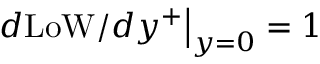
\left. d \mathrm { L o W } / d y ^ { + } \right| _ { y = 0 } = 1